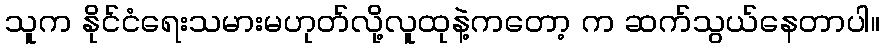
သူက နိုင်ငံရေးသမားမဟုတ်လို့လူထုနဲ့ကတော့ က ဆက်သွယ်နေတာပါ။